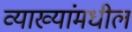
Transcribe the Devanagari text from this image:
व्याख्यांमधील